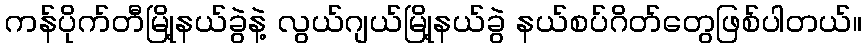
ကန်ပိုက်တီမြို့နယ်ခွဲနဲ့ လွယ်ဂျယ်မြို့နယ်ခွဲ နယ်စပ်ဂိတ်တွေဖြစ်ပါတယ်။